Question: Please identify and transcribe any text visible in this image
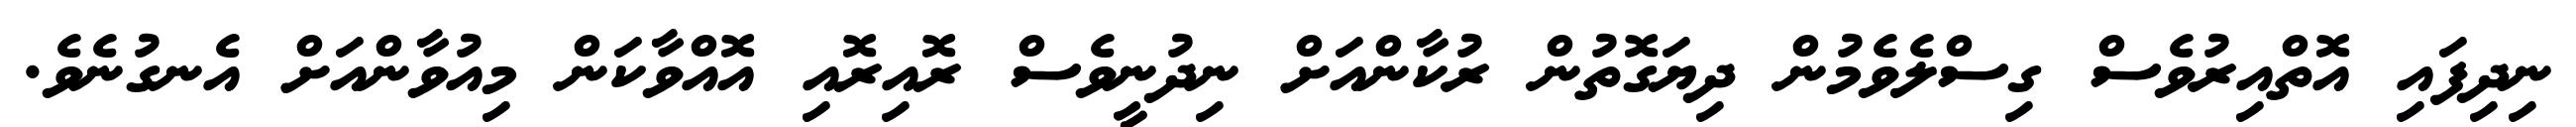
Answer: ނިދިފައި އޮތްއިރުވެސް ގިސްލެވެމުން ދިޔަގޮތުން ރުކާންއަށް ނިދުނީވެސް ރޮއިރޮއި އޮއްވާކަން މިއުވާންއަށް އެނގުނެވެ.